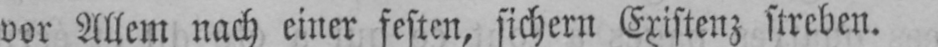
vor Allem nach einer festen, sichern Existenz streben.